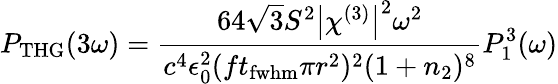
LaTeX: P_{\mathrm{THG}}(3\omega)=\frac{64\sqrt{3}S^{2}\big|\chi^{(3)}\big|^{2}\omega^{2}}{c^{4}\epsilon_{0}^{2}(ft_{\mathrm{fwhm}}\pi r^{2})^{2}(1+n_{2})^{8}}P_{1}^{3}(\omega)